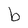
Character: b